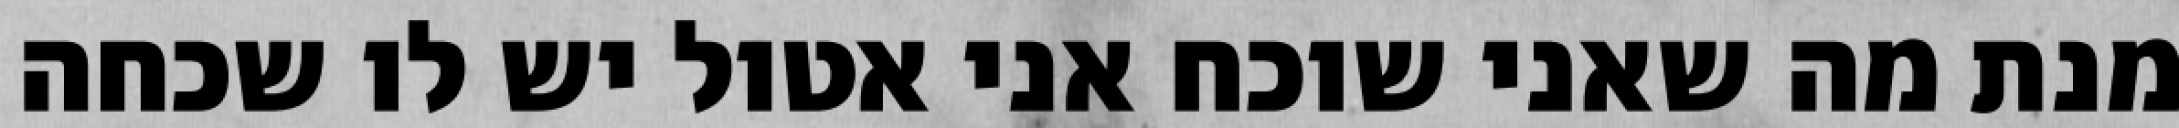
מנת מה שאני שוכח אני אטול יש לו שכחה